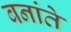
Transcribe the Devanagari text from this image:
बनांते